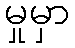
မှုမှာ